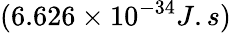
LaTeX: (6.626\times 10^{-34}J.s)